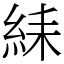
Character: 䋘